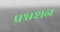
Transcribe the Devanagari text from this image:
प्रश्वशन